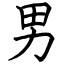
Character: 男